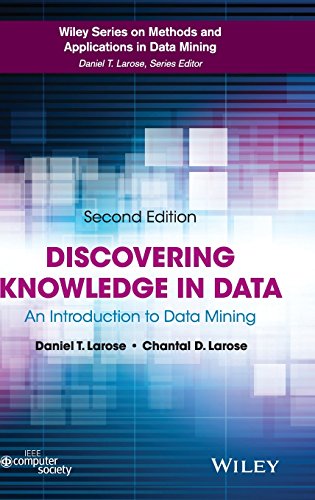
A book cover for Discovering Knowledge in Data: An Introduction to Data Mining (Wiley Series on Methods and Applications in Data Mining); Daniel T. Larose; Computers & Technology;